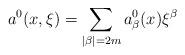
LaTeX: \begin{align*}a^0(x,\xi )=\sum_{|\beta |=2m}a^0_\beta (x)\xi ^\beta\end{align*}